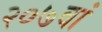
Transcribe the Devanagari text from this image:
२०७वां